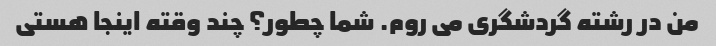
من در رشته گردشگری می روم. شما چطور؟ چند وقته اینجا هستی